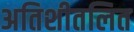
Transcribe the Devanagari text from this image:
अतिशीतलित